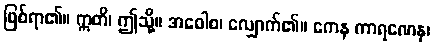
ဖြစ်ရာ၏။ ဣတိ၊ ဤသို့။ အဝေါစ၊ လျှောက်၏။ ကေန ကာရဏေန၊